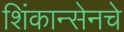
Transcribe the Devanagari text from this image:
शिंकान्सेनचे